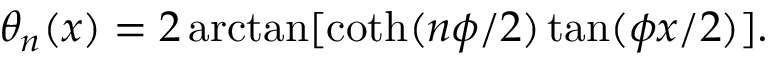
\theta _ { n } ( x ) = 2 \arctan [ \coth ( n \phi / 2 ) \tan ( \phi x / 2 ) ] .